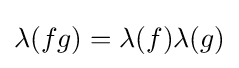
\lambda (fg)=\lambda (f)\lambda (g)